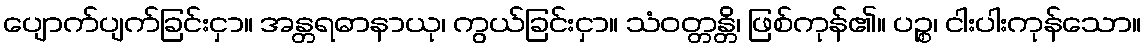
ပျောက်ပျက်ခြင်းငှာ။ အန္တရဓာနာယု၊ ကွယ်ခြင်းငှာ။ သံဝတ္တန္တိ၊ ဖြစ်ကုန်၏။ ပဉ္စ၊ ငါးပါးကုန်သော။